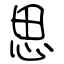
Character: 思